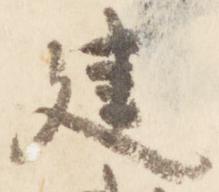
建